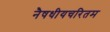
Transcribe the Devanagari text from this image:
नैषधीयचरितम